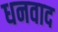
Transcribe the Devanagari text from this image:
धनवाद